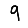
Digit: 9